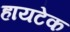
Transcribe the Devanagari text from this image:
हायटेक